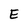
Character: E